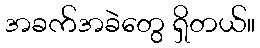
အခက်အခဲတွေ ရှိတယ်။